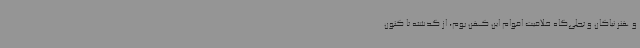
و هنر نیاکان و تجلی‌گاه خلاقیت اقوام این کهن بوم، از گذشته تا کنون